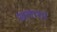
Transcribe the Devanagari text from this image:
खलाशां